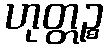
ဟုတ္တဉ္စ